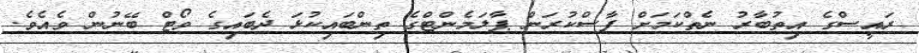
ރައީސްގެ އިތުބާރު ނެތްކަމަށް ފާސްކުރަން ޕާލަމެންޓްގެ ތިންބައިކުޅަ ދެބައިގެ ވޯޓް ބޭނުން ވެއެވެ.